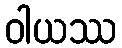
ဝါယဿ